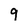
Character: 9